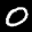
Label: 0